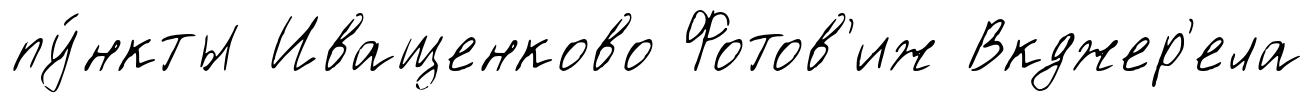
пу́нкты Иващенково Фотов'иж Вкджер'ела